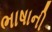
ભાષાની